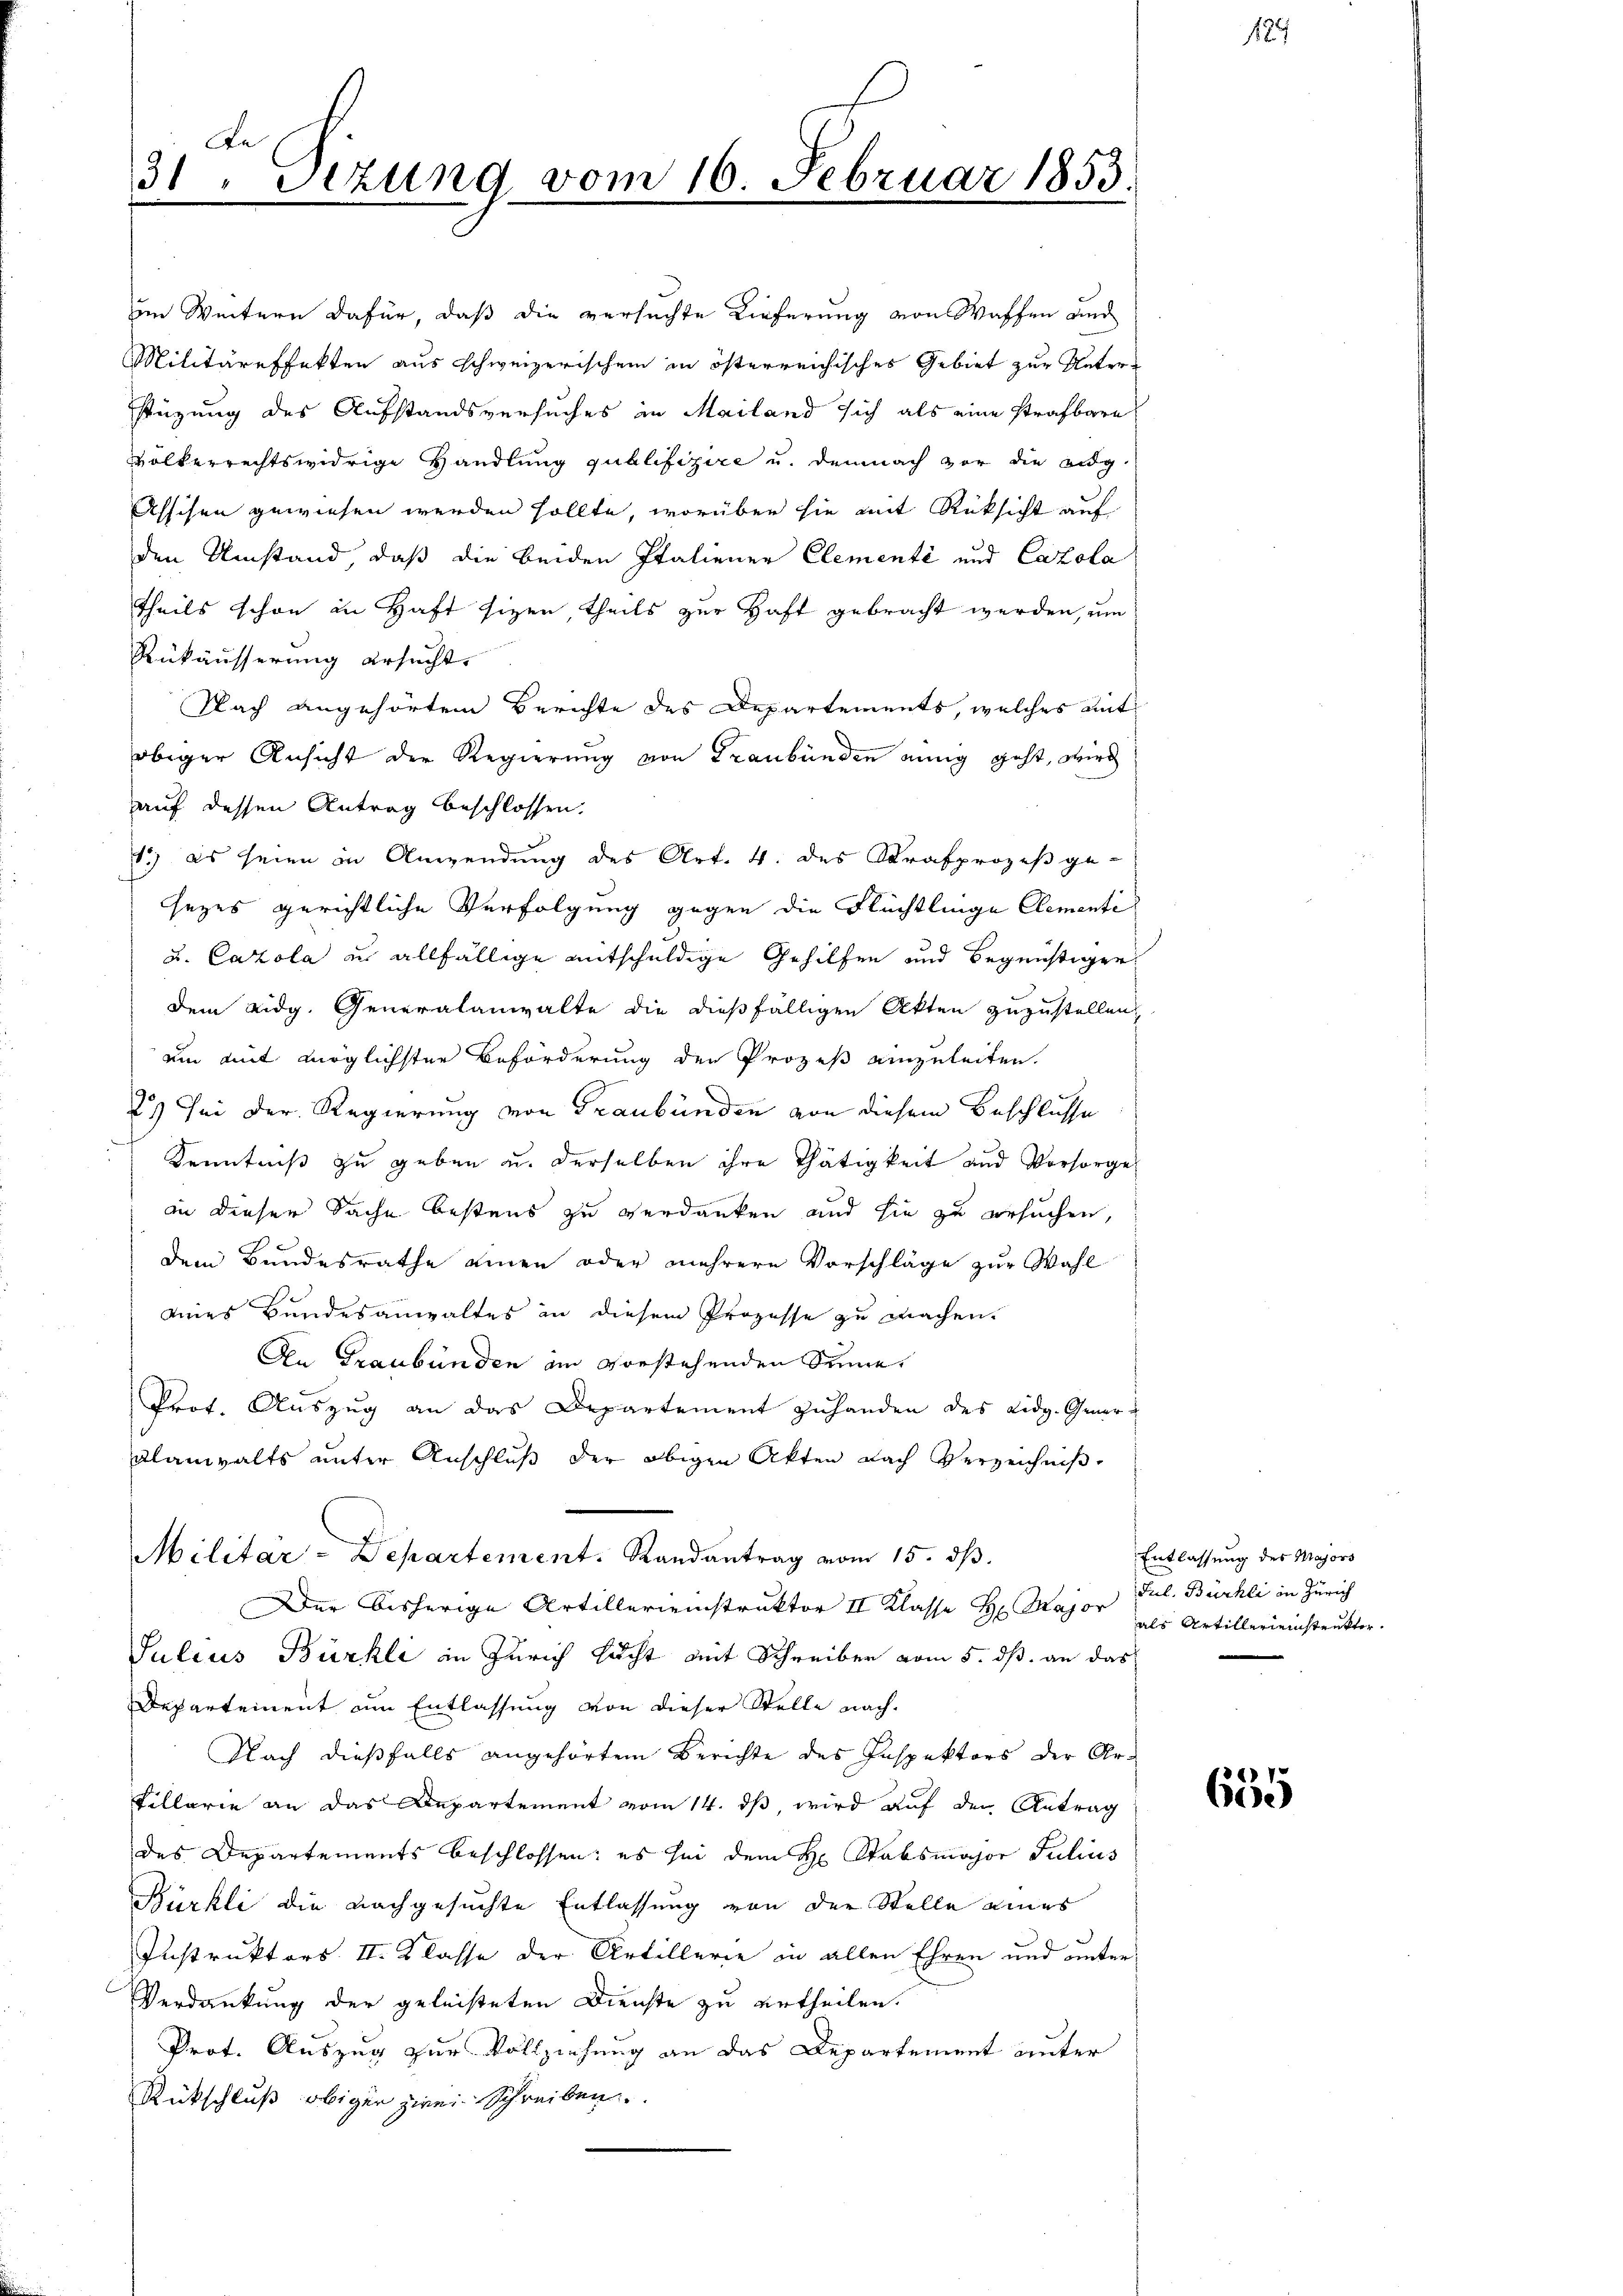
Le
31, Sizung vom 16. Februar 1853.

im Weitern dafür, daß die versuchte Lieferung von Waffen und
Militäreffekten aus schweizerischem in österreichisches Gebiet zur Unterstüzung des Aufstandsversuches in Mailand sich als eine strafbare
volkerrechtswidrige Handlung publifizire u. demnach vor die eidg
Assisen gewiesen werden sollte, worüber sie mit Rüksicht auf
den Umstand, daß die beiden Italiener Elementé und Cazola
theils schon in Haft sizen, theils zur Haft gebracht werden, um
Rükäusserung ersucht.
Nach angehörtem Berichte des Departements, welches mit
obiger Ansicht der Regierung von Graubünden einig geht, wird
auf dessen Antrag beschlossen.
1.) es seien in Anwendung des Art. 4. des Strafprozeß ge-
sezes gerichtliche Verfolgung gegen die Flüchtlinge Clementi¬
u. Carola in allfällige entschuldige Gehilfen und Begünstiger
dem Eidg. Generalanwalte die dießfälligen Akten zuzustellen.
um mit möglichsten Beförderung der Prozeß einzuleiten.
2. Sei der Regierung von Graubünden von diesem Beschlüsse
Kenntniß zu geben u. derselben ihre Thätigkeit und Vorsorge
in dieser Sache bestens zu verdanken und sie zu ersuchen,
dem Bundesrathe einen oder mehrere Vorschläge zur Wahl
enes Bundesanwaltes in diesem Prozesse zu machen.
An Graubünden an vorstehenden Sinne,
Prot. Auszug an das Departement zuhanden des Eidg. Gener-
Alanwalts unter Anschluß der obigen Akten nach Verzeichnis
Militär-Departement. Randantrag vom 15. dβ.
Der bisherige Artillerienstruktor II Klasse H. Major
Julius Bürkli in Zürich sucht mit Schreiber vom 5. dß. an das
Departement am Entlassung von dieser Stelle nach¬
Nach dießfalls angehörtem Berichte des Inspektors der Ar¬
Tillarie an das Departement vom 14. ds, wird auf den Antrag
des Departements beschlossen; es hin dem H. Stabsmajor Julius
Bürkli die nachgesuchte Entlassung von der Stelle eines
Instruktors II. Klasse der Artillerie in allen Ehren und unter¬
Verdankung der geleisteten Dienste zu urtheilen.
Prot. Auszug zur Vollziehung an das Departement unter
Rückschluß obiger zwei Schreiben.

Entlassung des Majors
Jul. Buchli in Zürich
als Artillerienstenkter.

655